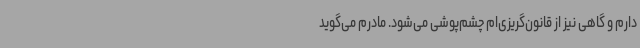
دارم و گاهی نیز از قانون‌گریزی‌ام چشم‌پوشی می‌شود. مادرم می‌گوید